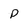
Character: p